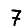
Digit: 7